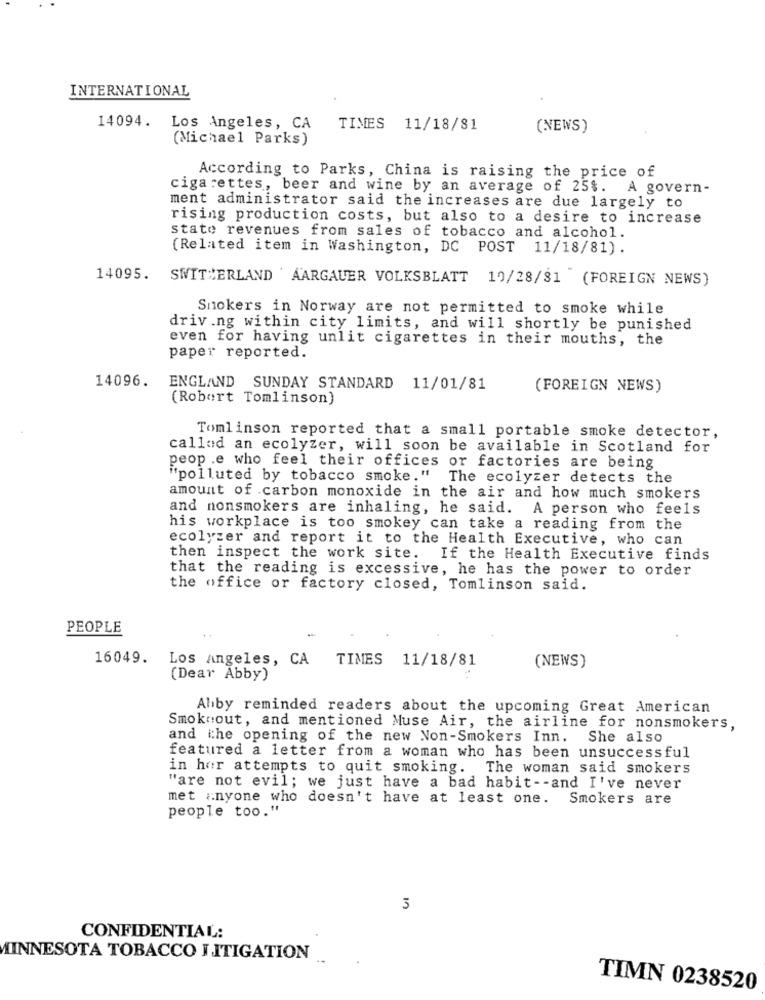
INTERNATIONAL
14094. Los Angeles, CA
TIMES 11/18/81
(NEWS)
(Michael Parks)
According to Parks, China is raising the price of
cigarettes, beer and wine by an average of 25%. A govern-
ment administrator said the increases are due largely to
rising production costs, but also to a desire to increase
state revenues from sales of tobacco and alcohol.
(Related item in Washington, DC POST 11/18/81).
14095. SWITZERLAND AARGAUER VOLKSBLATT 19/28/81 (FOREIGN NEWS)
Smokers in Norway are not permitted to smoke while
driv.ng within city limits, and will shortly be punished
even for having unlit cigarettes in their mouths, the
paper reported.
14096. ENGLAND SUNDAY STANDARD 11/01/81
(FOREIGN NEWS)
(Robert Tomlinson)
Tomlinson reported that a small portable smoke detector,
called an ecolyzer, will soon be available in Scotland for
peop .e who feel their offices or factories are being
"polluted by tobacco smoke."
The ecolyzer detects the
amount of carbon monoxide in the air and how much smokers
and nonsmokers are inhaling, he said. A person who feels
his workplace is too smokey can take a reading from the
ecolyzer and report it to the Health Executive, who can
then inspect the work site.
If the Health Executive finds
that the reading is excessive, he has the power to order
the office or factory closed, Tomlinson said.
PEOPLE
16049. Los Angeles, CA TIMES 11/18/81
(NEWS)
(Dear Abby)
Ahby reminded readers about the upcoming Great American
Smokeout, and mentioned Muse Air, the airline for nonsmokers,
and the opening of the new Non-Smokers Inn. She also
featured a letter from a woman who has been unsuccessful
in her attempts to quit smoking. The woman said smokers
"are not evil; we just have a bad habit -- and I've never
met anyone who doesn't have at least one. Smokers are
people too."
3
CONFIDENTIAL:
MINNESOTA TOBACCO LITIGATION
TIMN 0238520